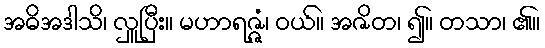
အဓိအဒါသိ၊ လှူပြီး။ မဟာရဇ္ဇံ၊ ဝယ်။ အဇိတ၊ ၍။ တသာ၊ ၏။